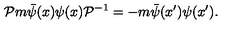
{ \cal { P } } m \bar { \psi } ( x ) \psi ( x ) { \cal { P } } ^ { - 1 } = - m \bar { \psi } ( x ^ { \prime } ) \psi ( x ^ { \prime } ) .